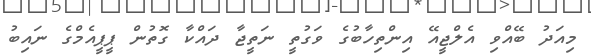
މިއަދު ބޭއްވި އެލްޖީއޭ އިންތިހާބުގެ ވަގުތީ ނަތީޖާ ދައްކާ ގޮތުން ޕީޕީއެމްގެ ނައިބު